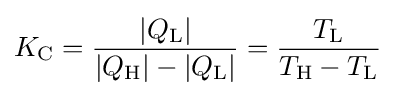
K_{\text{C}}={\frac {|Q_{\text{L}}|}{|Q_{\text{H}}|-|Q_{\text{L}}|}}={\frac {T_{\text{L}}}{T_{\text{H}}-T_{\text{L}}}}